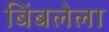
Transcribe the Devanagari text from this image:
बिंबलेला